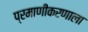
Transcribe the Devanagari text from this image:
प्रमाणीकरणाला